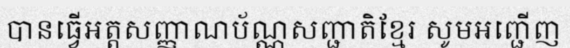
បានធ្វើអត្តសញ្ញាណប័ណ្ណសញ្ជាតិខ្មែរ សូមអញ្ជើញ